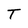
Character: T